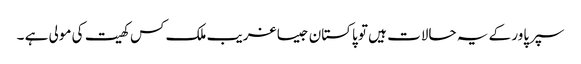
سپرپاور کے یہ حالات ہیں تو پاکستان جیسا غریب ملک کس کھیت کی مولی ہے ۔